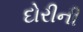
દોરીની